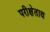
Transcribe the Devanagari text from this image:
परीक्षेताथ